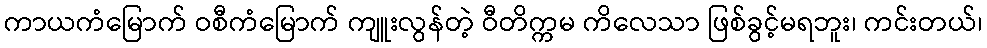
ကာယကံမြောက် ဝစီကံမြောက် ကျူးလွန်တဲ့ ဝီတိက္ကမ ကိလေသာ ဖြစ်ခွင့်မရဘူး၊ ကင်းတယ်၊